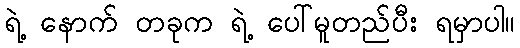
ရဲ့ နောက် တခုက ရဲ့ ပေါ်မူတည်ပီး ရမှာပါ။